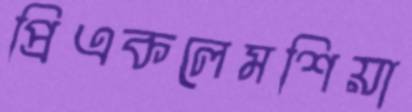
প্রিএকলেমশিয়া